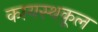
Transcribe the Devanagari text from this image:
कायस्थकूल